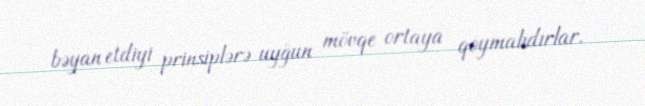
bəyan etdiyi prinsiplərə uyğun mövqe ortaya qoymalıdırlar.